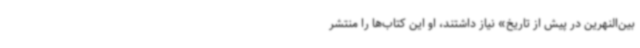
بین‌النهرین در پیش از تاریخ» نیاز داشتند، او این کتاب‌ها را منتشر